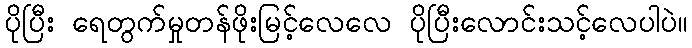
ပိုပြီး ရေတွက်မှုတန်ဖိုးမြင့်လေလေ ပိုပြီးလောင်းသင့်လေပါပဲ။